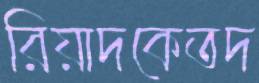
রিয়াদকেতদ